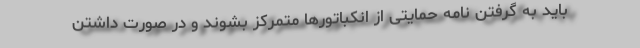
باید به گرفتن نامه حمایتی از انکباتورها متمرکز بشوند و در صورت داشتن